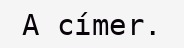
A címer.